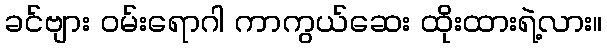
ခင်ဗျား ဝမ်းရောဂါ ကာကွယ်ဆေး ထိုးထားရဲ့လား။